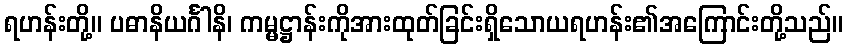
ရဟန်းတို့။ ပဓာနိယင်္ဂါနိ၊ ကမ္မဋ္ဌာန်းကိုအားထုတ်ခြင်းရှိသောယရဟန်း၏အကြောင်းတို့သည်။